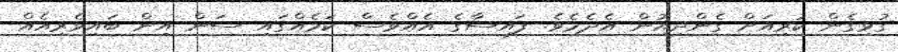
ގުޅިގެން ކުރިއަށް ގެންދިއުން އެދެމެވެ. ފައިސާގެ އެއްވެސް ކަމެއްގައި ސަން އިން ބައިވެރިއެއް